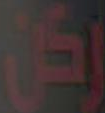
ركن